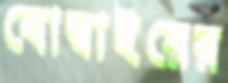
বোম্বাইয়ের